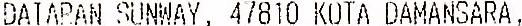
DATARAN SUNWAY, 47810 KOTA DAMANSARA ,